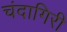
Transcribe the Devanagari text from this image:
चंदागिरी